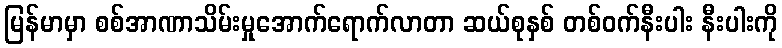
မြန်မာမှာ စစ်အာဏာသိမ်းမှုအောက်ရောက်လာတာ ဆယ်စုနှစ် တစ်ဝက်နီးပါး နီးပါးကို